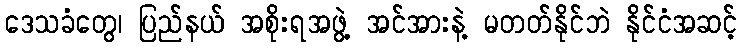
ဒေသခံတွေ၊ ပြည်နယ် အစိုးရအဖွဲ့ အင်အားနဲ့ မတတ်နိုင်ဘဲ နိုင်ငံအဆင့်